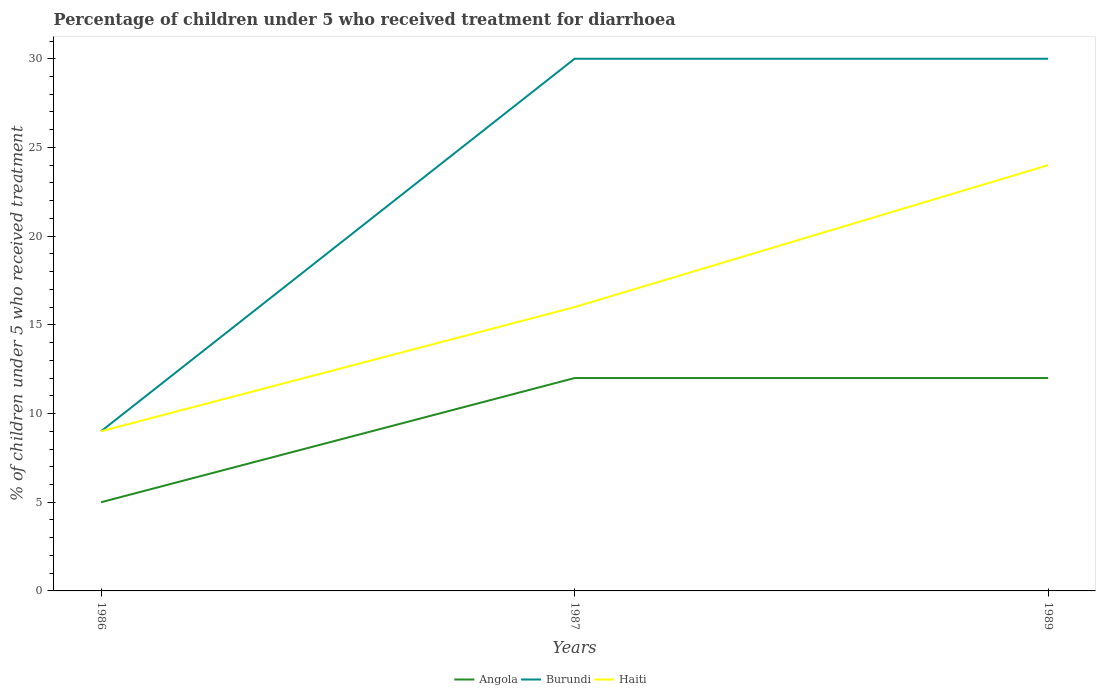
| Years | Angola | Burundi | Haiti |
 | --- | --- | --- | --- |
 | 1986 | 5 | 9 | 9 |
 | 1987 | 12 | 30 | 16 |
 | 1989 | 12 | 30 | 24 |